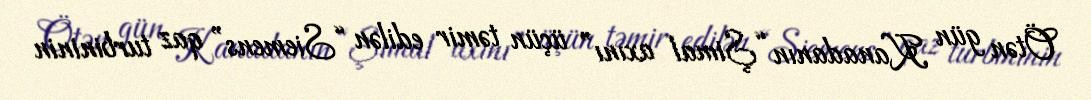
Ötən gün Kanadanın “Şimal axını” üçün təmir edilən “Siemens” qaz turbininin